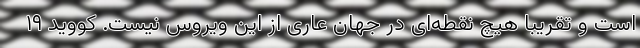
است و تقریبا هیچ نقطه‌ای در جهان عاری از این ویروس نیست. کووید ۱۹